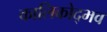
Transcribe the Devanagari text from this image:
कालिकोद्भव